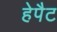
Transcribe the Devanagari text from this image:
हेपैट